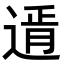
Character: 𨕋